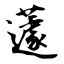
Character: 蘧